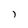
Character: j